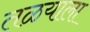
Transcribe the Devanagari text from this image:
तळयाला